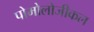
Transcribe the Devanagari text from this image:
पोमोलोजीकल